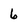
Character: 6